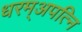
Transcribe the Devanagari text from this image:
धरम्अपत्नि